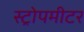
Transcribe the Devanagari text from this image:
स्ट्रोपमीटर